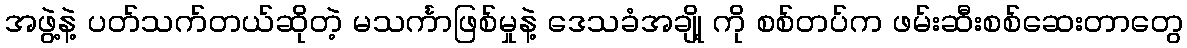
အဖွဲ့နဲ့ ပတ်သက်တယ်ဆိုတဲ့ မသင်္ကာဖြစ်မှုနဲ့ ဒေသခံအချို့ ကို စစ်တပ်က ဖမ်းဆီးစစ်ဆေးတာတွေ